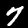
Digit: 7